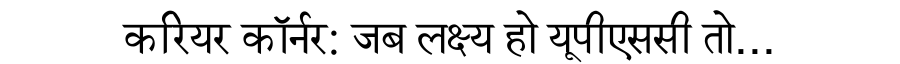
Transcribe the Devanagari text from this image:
करियर कॉर्नर: जब लक्ष्य हो यूपीएससी तो...